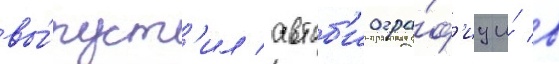
вы́пуст'ил автоб'иогра́ф'иу и́ в